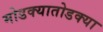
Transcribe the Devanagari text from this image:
मोडक्यातोडक्या